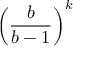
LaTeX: { \left( { \frac { b } { b - 1 } } \right) } ^ { k }